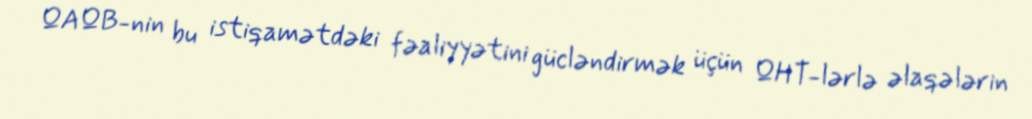
QAQB-nin bu istiqamətdəki fəaliyyətini gücləndirmək üçün QHT-lərlə əlaqələrin